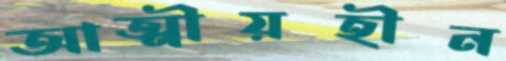
আত্মীয়হীন